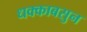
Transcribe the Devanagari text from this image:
धक्काबसुन